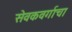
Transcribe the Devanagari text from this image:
सेवकवर्गाचा